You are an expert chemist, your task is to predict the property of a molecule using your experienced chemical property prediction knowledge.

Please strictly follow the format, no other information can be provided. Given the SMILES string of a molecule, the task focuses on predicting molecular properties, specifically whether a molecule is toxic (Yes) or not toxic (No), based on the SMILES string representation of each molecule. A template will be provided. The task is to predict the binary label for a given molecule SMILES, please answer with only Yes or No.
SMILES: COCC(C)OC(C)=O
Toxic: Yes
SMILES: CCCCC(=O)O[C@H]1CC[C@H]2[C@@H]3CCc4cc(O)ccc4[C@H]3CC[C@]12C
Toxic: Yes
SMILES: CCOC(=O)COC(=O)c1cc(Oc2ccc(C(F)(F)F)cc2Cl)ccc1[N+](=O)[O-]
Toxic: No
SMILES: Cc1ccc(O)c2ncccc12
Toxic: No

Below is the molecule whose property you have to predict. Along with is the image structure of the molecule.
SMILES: CN(C)CCc1c[nH]c2ccc(CS(=O)(=O)N3CCCC3)cc12
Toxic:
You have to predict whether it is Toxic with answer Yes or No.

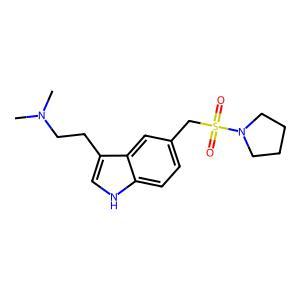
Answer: No